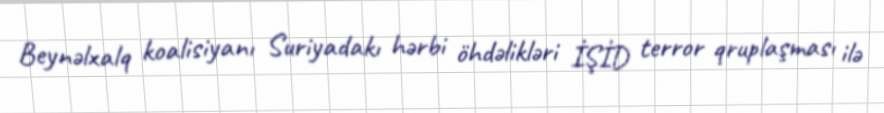
Beynəlxalq koalisiyanı Suriyadakı hərbi öhdəlikləri İŞİD terror qruplaşması ilə